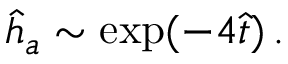
\begin{array} { r } { \hat { h } _ { a } \sim \exp ( - 4 \hat { t } ) \, . } \end{array}